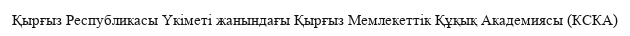
Қырғыз Республикасы Үкіметі жанындағы Қырғыз Мемлекеттік Құқық Академиясы (КСКА)